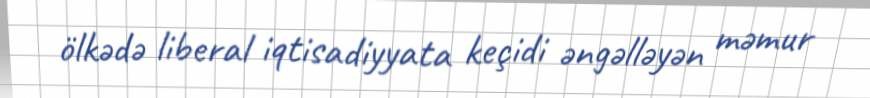
ölkədə liberal iqtisadiyyata keçidi əngəlləyən məmur